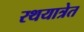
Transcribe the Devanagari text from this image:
रथयात्रेत